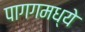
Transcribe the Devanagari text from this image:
पागगमध्ये